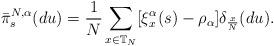
LaTeX: \begin{align*}\bar\pi^{N,\alpha}_s(du)=\frac{1}{N}\sum_{x\in\mathbb{T}_N}[\xi^\alpha_x(s)-\rho_\alpha]\delta_{\frac xN}(du).\end{align*}